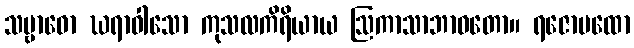
သမ္ဗာဓော ဃရာဝါသော ကုသလကိရိယာယ ဩကာသာဘာဝတော။ ရဇောပထော